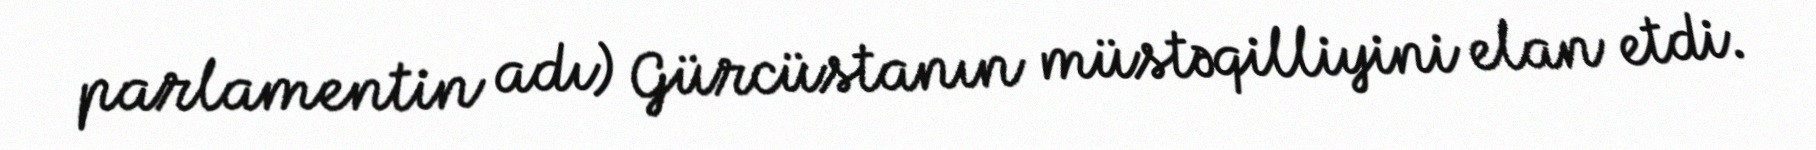
parlamentin adı) Gürcüstanın müstəqilliyini elan etdi.